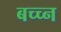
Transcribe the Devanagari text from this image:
बच्च्न